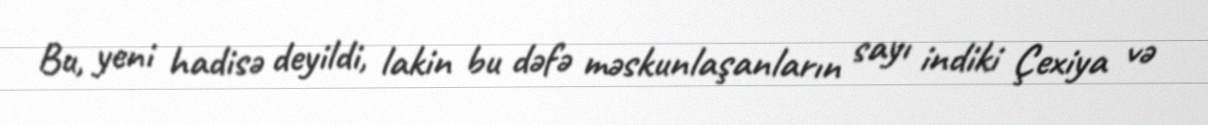
Bu, yeni hadisə deyildi, lakin bu dəfə məskunlaşanların sayı indiki Çexiya və